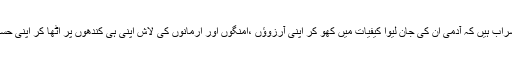
یہ جہاں صنم کدہ ہے اس میں اس قدر سراب ہیں کہ آدمی ان کی جان لیوا کیفیات میں کھو کر اپنی آرزوؤں ،امنگوں اور ارمانوں کی لاش اپنی ہی کندھوں پر اٹھا کر اپنی حسرتوں پر خود ہی آنسو بہانے پڑتے ہیں۔